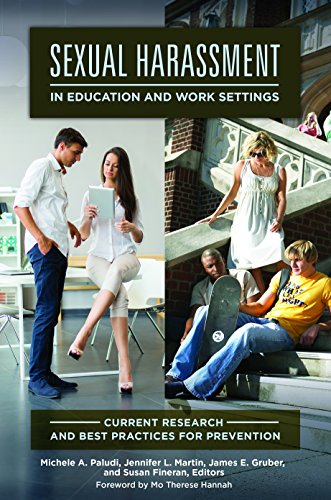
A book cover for Sexual Harassment in Education and Work Settings: Current Research and Best Practices for Prevention (Women's Psychology); Health, Fitness & Dieting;